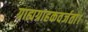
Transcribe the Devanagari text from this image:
ग्राह्यग्राहकवर्जता।